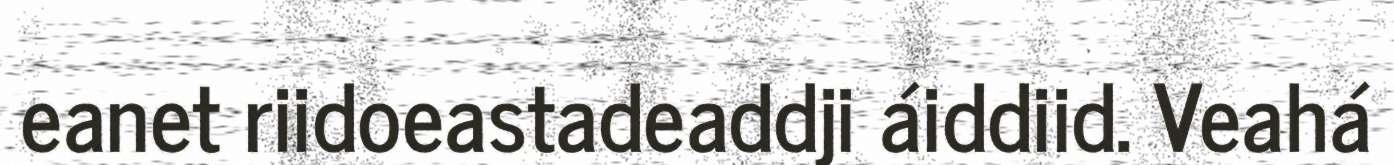
eanet riidoeastadeaddji áiddiid. Veahá